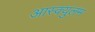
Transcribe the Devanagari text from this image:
आस्क्युलम